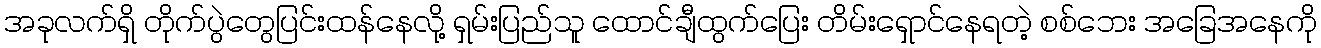
အခုလက်ရှိ တိုက်ပွဲတွေပြင်းထန်နေလို့ ရှမ်းပြည်သူ ထောင်ချီထွက်ပြေး တိမ်းရှောင်နေရတဲ့ စစ်ဘေး အခြေအနေကို